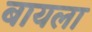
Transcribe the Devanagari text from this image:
बायला